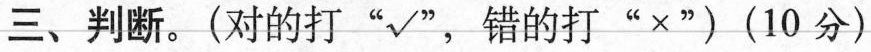
三、判断。(对的打”√”，错的打”×”)(10分)